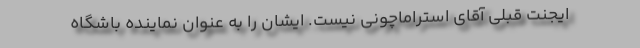
ایجنت قبلی آقای استراماچونی نیست. ایشان را به عنوان نماینده باشگاه